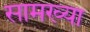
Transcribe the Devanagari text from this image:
सामख्या